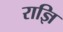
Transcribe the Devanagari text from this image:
राज्ञि